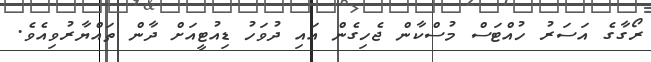
ރޯގާގެ އަސަރު ހުއްޓަސް މުސްކާން ޖެހިގެން އައި ދުވަހު ޑިއުޓީއަށް ދާން ތައްޔާރުވިއެވެ.